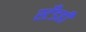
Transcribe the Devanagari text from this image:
स्टँडही